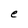
Character: e